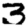
Digit: 3